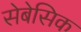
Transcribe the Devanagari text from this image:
सेबेसिक